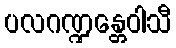
ပလဂဏ္ဍန္တေဝါသီ